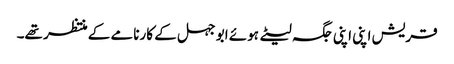
قریش اپنی اپنی جگہ لیٹے ہوئے ابو جہل کے کارنامے کے منتظر تھے۔